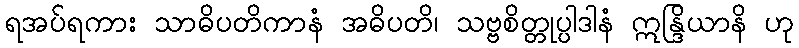
ရအပ်ရကား သာဓိပတိကာနံ အဓိပတိ၊ သဗ္ဗစိတ္တုပ္ပါဒါနံ ဣန္ဒြိယာနိ ဟု